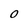
Character: 0